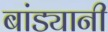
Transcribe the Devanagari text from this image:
बांड्यानी